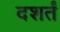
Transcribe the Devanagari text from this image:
दशर्तं